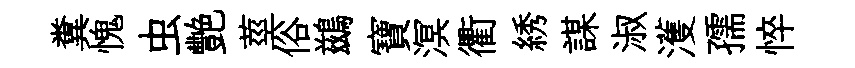
糞愧虫艷莖俗鷀寶溟衢綉謀淑濩孺悴